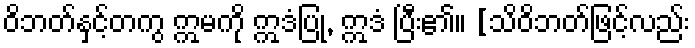
ဝိဘတ်နှင့်တကွ ဣမကို ဣဒံပြု, ဣဒံ ပြီး၏။ [သိဝိဘတ်ဖြင့်လည်း